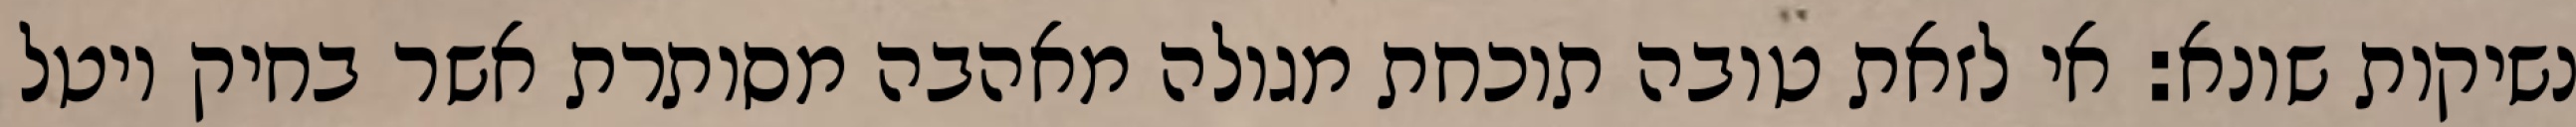
נשיקות שונא: אי לזאת טובה תוכחת מגולה מאהבה מסותרת אשר בחיק יוטל